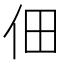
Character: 佃